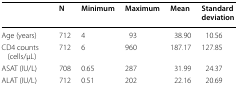
<table><thead><tr><td></td><td><b>N</b></td><td><b>Minimum</b></td><td><b>Maximum</b></td><td><b>Mean</b></td><td><b>Standard deviation</b></td></tr></thead><tbody><tr><td>Age (years)</td><td>712</td><td>4</td><td>93</td><td>38.90</td><td>10.56</td></tr><tr><td>CD4 counts (cells/μL)</td><td>712</td><td>6</td><td>960</td><td>187.17</td><td>127.85</td></tr><tr><td>ASAT (IU/L)</td><td>708</td><td>0.65</td><td>287</td><td>31.99</td><td>24.37</td></tr><tr><td>ALAT (IU/L)</td><td>712</td><td>0.51</td><td>202</td><td>22.16</td><td>20.69</td></tr></tbody></table>